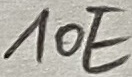
Text: 10E